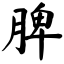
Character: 脾